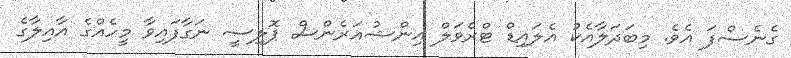
ގެނެސްފަ އެވެ. މިބަދަލާއެކު އެލައިޑް ޓްރެވަލް އިންޝުއަރެންސް ޕޮލިސީ ނަގާފައިވާ މީހެއްގެ އާއިލާގެ